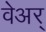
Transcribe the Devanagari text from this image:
वेअर्